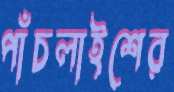
পাঁচলাইশের